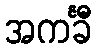
အကင်္ခီ